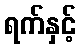
ရက်နှင့်